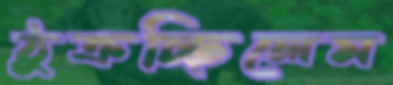
ঠুক্‌রচ্ছিলেম